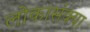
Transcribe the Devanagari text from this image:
लोकासंक्या